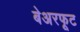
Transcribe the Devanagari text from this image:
बेअरफूट